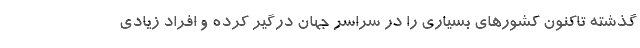
گذشته تاکنون کشورهای بسیاری را در سراسر جهان درگیر کرده و افراد زیادی